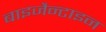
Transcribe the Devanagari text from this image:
बाइजैन्टाइन